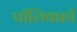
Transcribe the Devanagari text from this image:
पॉलिकार्प